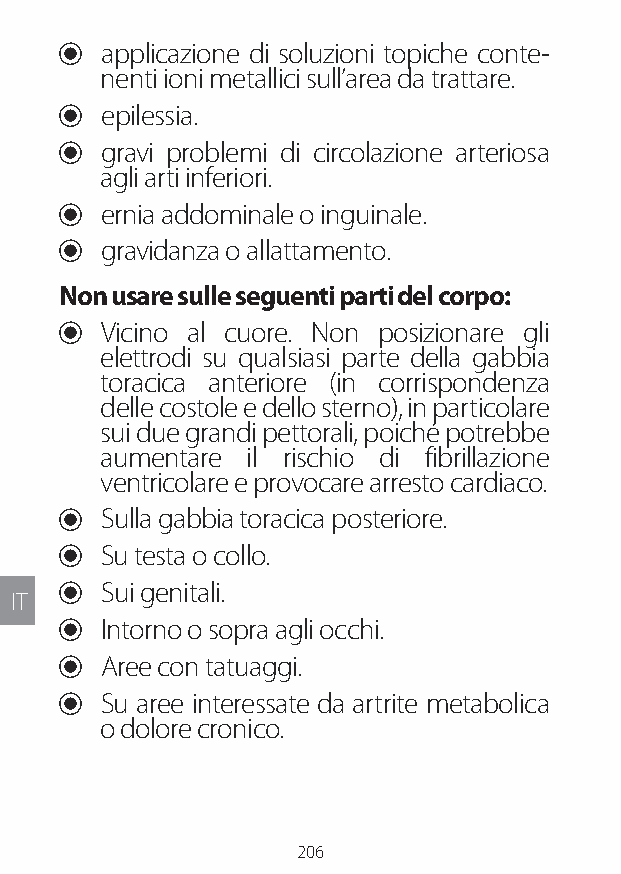
U applicazione di soluzioni topiche conte-
 nenti ioni metallici sull’area da trattare.
 U epilessia.
 U gravi problemi di circolazione arteriosa
 agli arti inferiori.
 U ernia addominale o inguinale.
 U gravidanza o allattamento.
 Non usare sulle seguenti parti del corpo:
 U Vicino al cuore. Non posizionare gli
 elettrodi su qualsiasi parte della gabbia
 toracica anteriore (in corrispondenza
 delle costole e dello sterno), in particolare
 sui due grandi pettorali, poiché potrebbe
 aumentare il rischio di fibrillazione
 ventricolare e provocare arresto cardiaco.
 U Sulla gabbia toracica posteriore.
 U Su testa o collo.
 U Sui genitali.
 IT
 U Intorno o sopra agli occhi.
 U Aree con tatuaggi.
 U Su aree interessate da artrite metabolica
 o dolore cronico.
 206
 Lipo UM EU124 3545B inside ALL EU124 ED296-24 release.indd 206 14/08/2018 10:57:45